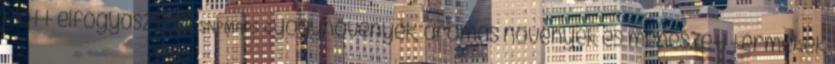
előtt elfogyasztani. SNPMAPS Gyógynövények, aromás növények és méhészeti termékek